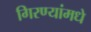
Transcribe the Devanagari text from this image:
गिरण्यांमधे